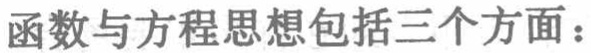
函数与方程思想包括三个方面：